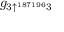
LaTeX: g _ { 3 \uparrow ^ { 1 8 7 1 9 6 } 3 }